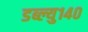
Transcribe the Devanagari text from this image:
डब्ल्यु१४०